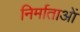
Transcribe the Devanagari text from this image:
निर्माताआें